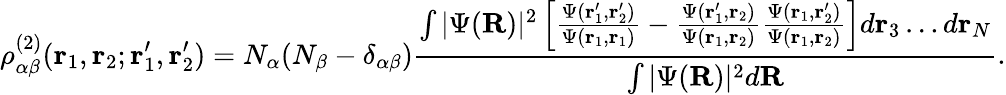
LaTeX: \rho_{\alpha\beta}^{(2)}(\mathbf{r}_{1},\mathbf{r}_{2};\mathbf{r}_{1}^{\prime},\mathbf{r}_{2}^{\prime})=N_{\alpha}(N_{\beta}-\delta_{\alpha\beta})\frac{\int|\Psi(\mathbf{R})|^{2}\left[\frac{\Psi(\mathbf{r}_{1}^{\prime},\mathbf{r}_{2}^{\prime})}{\Psi(\mathbf{r}_{1},\mathbf{r}_{1})}-\frac{\Psi(\mathbf{r}_{1}^{\prime},\mathbf{r}_{2})}{\Psi(\mathbf{r}_{1},\mathbf{r}_{2})}\frac{\Psi(\mathbf{r}_{1},\mathbf{r}_{2}^{\prime})}{\Psi(\mathbf{r}_{1},\mathbf{r}_{2})}\right]d\mathbf{r}_{3}\dots d\mathbf{r}_{N}}{\int|\Psi(\mathbf{R})|^{2}d\mathbf{R}}.